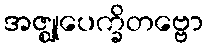
အဇ္ဈုပေက္ခိတဗ္ဗော